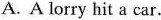
A. A lorry hit a car.